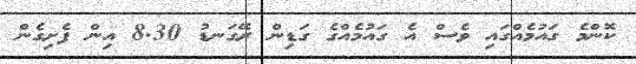
ކޮންމެ ގައުމެއްގައި ވެސް އެ ގައުމެއްގެ ގަޑިން ރޭގަނޑު 8.30 އިން ފެށިގެން